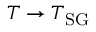
T \to T _ { \mathrm { S G } }